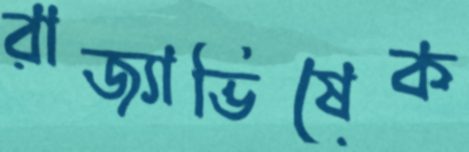
রাজ্যাভিষেক